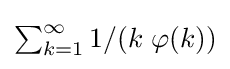
\textstyle \sum _{k=1}^{\infty }1/(k\;\varphi (k))